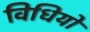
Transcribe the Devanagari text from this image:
विधियो